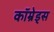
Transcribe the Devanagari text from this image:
कॉम्रेड्स